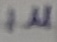
Text: 1µ